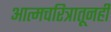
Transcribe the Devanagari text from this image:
आत्मचरित्रातूनही